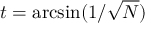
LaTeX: t = \arcsin ( 1 / { \sqrt { N } } )